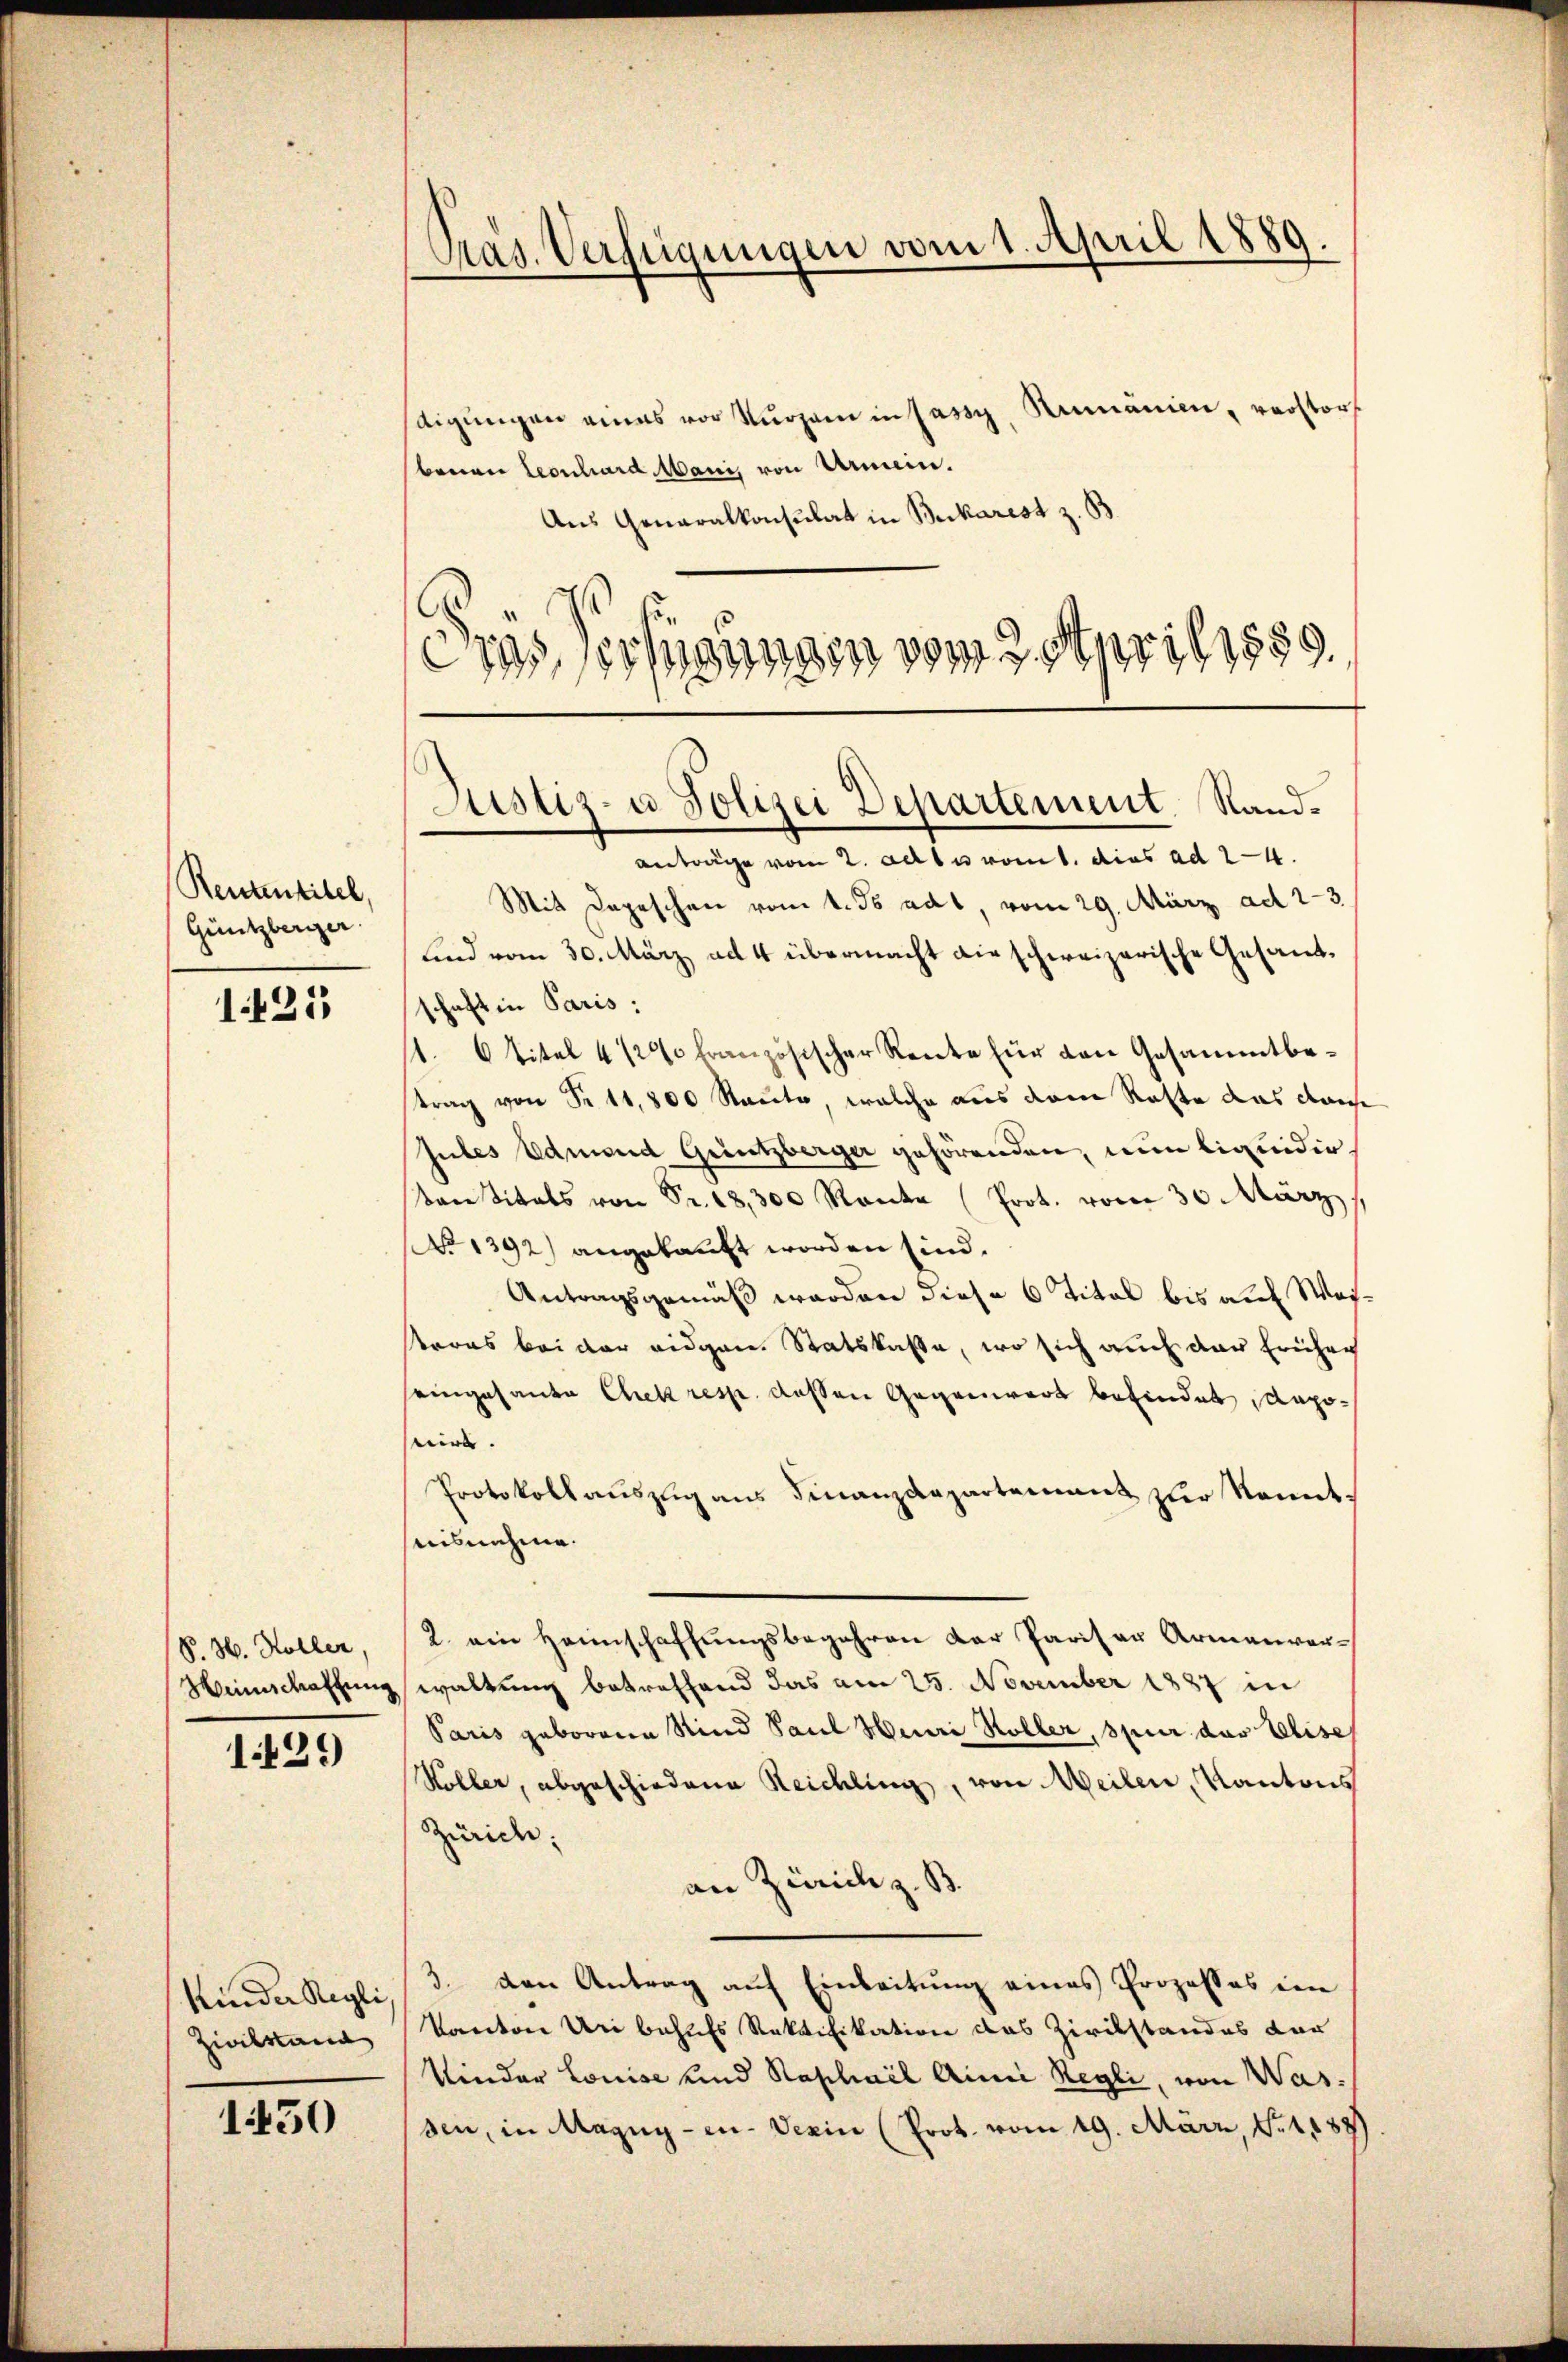
Rententitel,
Güntzberger.

1425

P. H. Höller,
Heimschaffung

1429

Kinder Regli
Zivilstand

1450

Pras. Verfügungen vom 1. April 1889.

digŭngen eines vor Versam in Jassy, Rumanien, verstors
benen Leonhard Mani, von Armein.
Aus Generalkonsulat in Burkarest z. B
C
Das erfügungen vom 3. April 1889.

Justiz- u Polizei Departement. Sandantrage vom 2. Also vom 1. dies ad 24.

Mit Depeschen vom 1. ds ad 1, vom 29. März ad 2-3
sind vom 30. März ad 4 übermacht die schweizerische Gesandtschaft in Paris:
1. 6 Titel 412 französischer Rente für den Gesammtbetrag von Fr. 11,800 Raute, welche aus dem Raste das dan
Gubles Edmund Güntzberger gehörenden, nun liquidirvon Vitals von Fr. 18,300 Ranke (Prot. vom 30. März,
No 1392) angekauft worden sind.
Antragsgemäß werden diese 6 Titel bis auf Wei¬
Proas bei der eidgen. Statskasse, wo sich auch der früher
seingesande Chek resp. dessen Gegenwart befindet, deposaire. |
Protokollauszug aus Finanzdepartement zur Kenntuisnahme.
2. ein Heimschaffungsbegehren der Pariser Armenverwaltung betreffend das am 25. November 1887 in
Paris geborene Rind Paul Henri Höller, spur das Elise
Köller, abgeschiedene Reichling, von Weilen, Kantons
Zürich;
an Zürich z. B.
3. den Antrag auf Einleitung eines Prozesses ein
kanton Uri behufs Ratifikation das Zirckstandes dar
Kinder Louise und Raphail Ainii Regli, von Wassen, in Magny-en-Verin (Prot. vom 19. März, S. 1888)